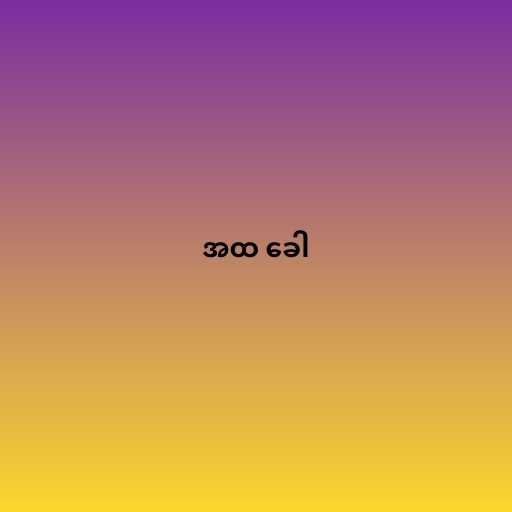
အထ ခေါ